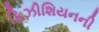
ફિઝીશિયનની